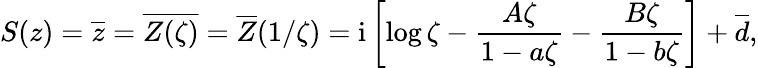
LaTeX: S(z)=\overline{{z}}=\overline{{Z(\zeta)}}=\overline{{Z}}(1/\zeta)=\mathrm{i}\left[\log\zeta-\frac{A\zeta}{1-a\zeta}-\frac{B\zeta}{1-b\zeta}\right]+\overline{{d}},